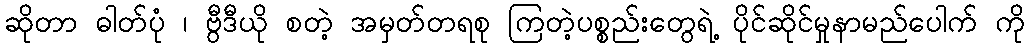
ဆိုတာ ဓါတ်ပုံ ၊ ဗွီဒီယို စတဲ့ အမှတ်တရစု ကြတဲ့ပစ္စည်းတွေရဲ့ ပိုင်ဆိုင်မှုနာမည်ပေါက် ကို